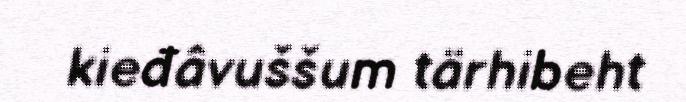
kieđâvuššum tärhibeht